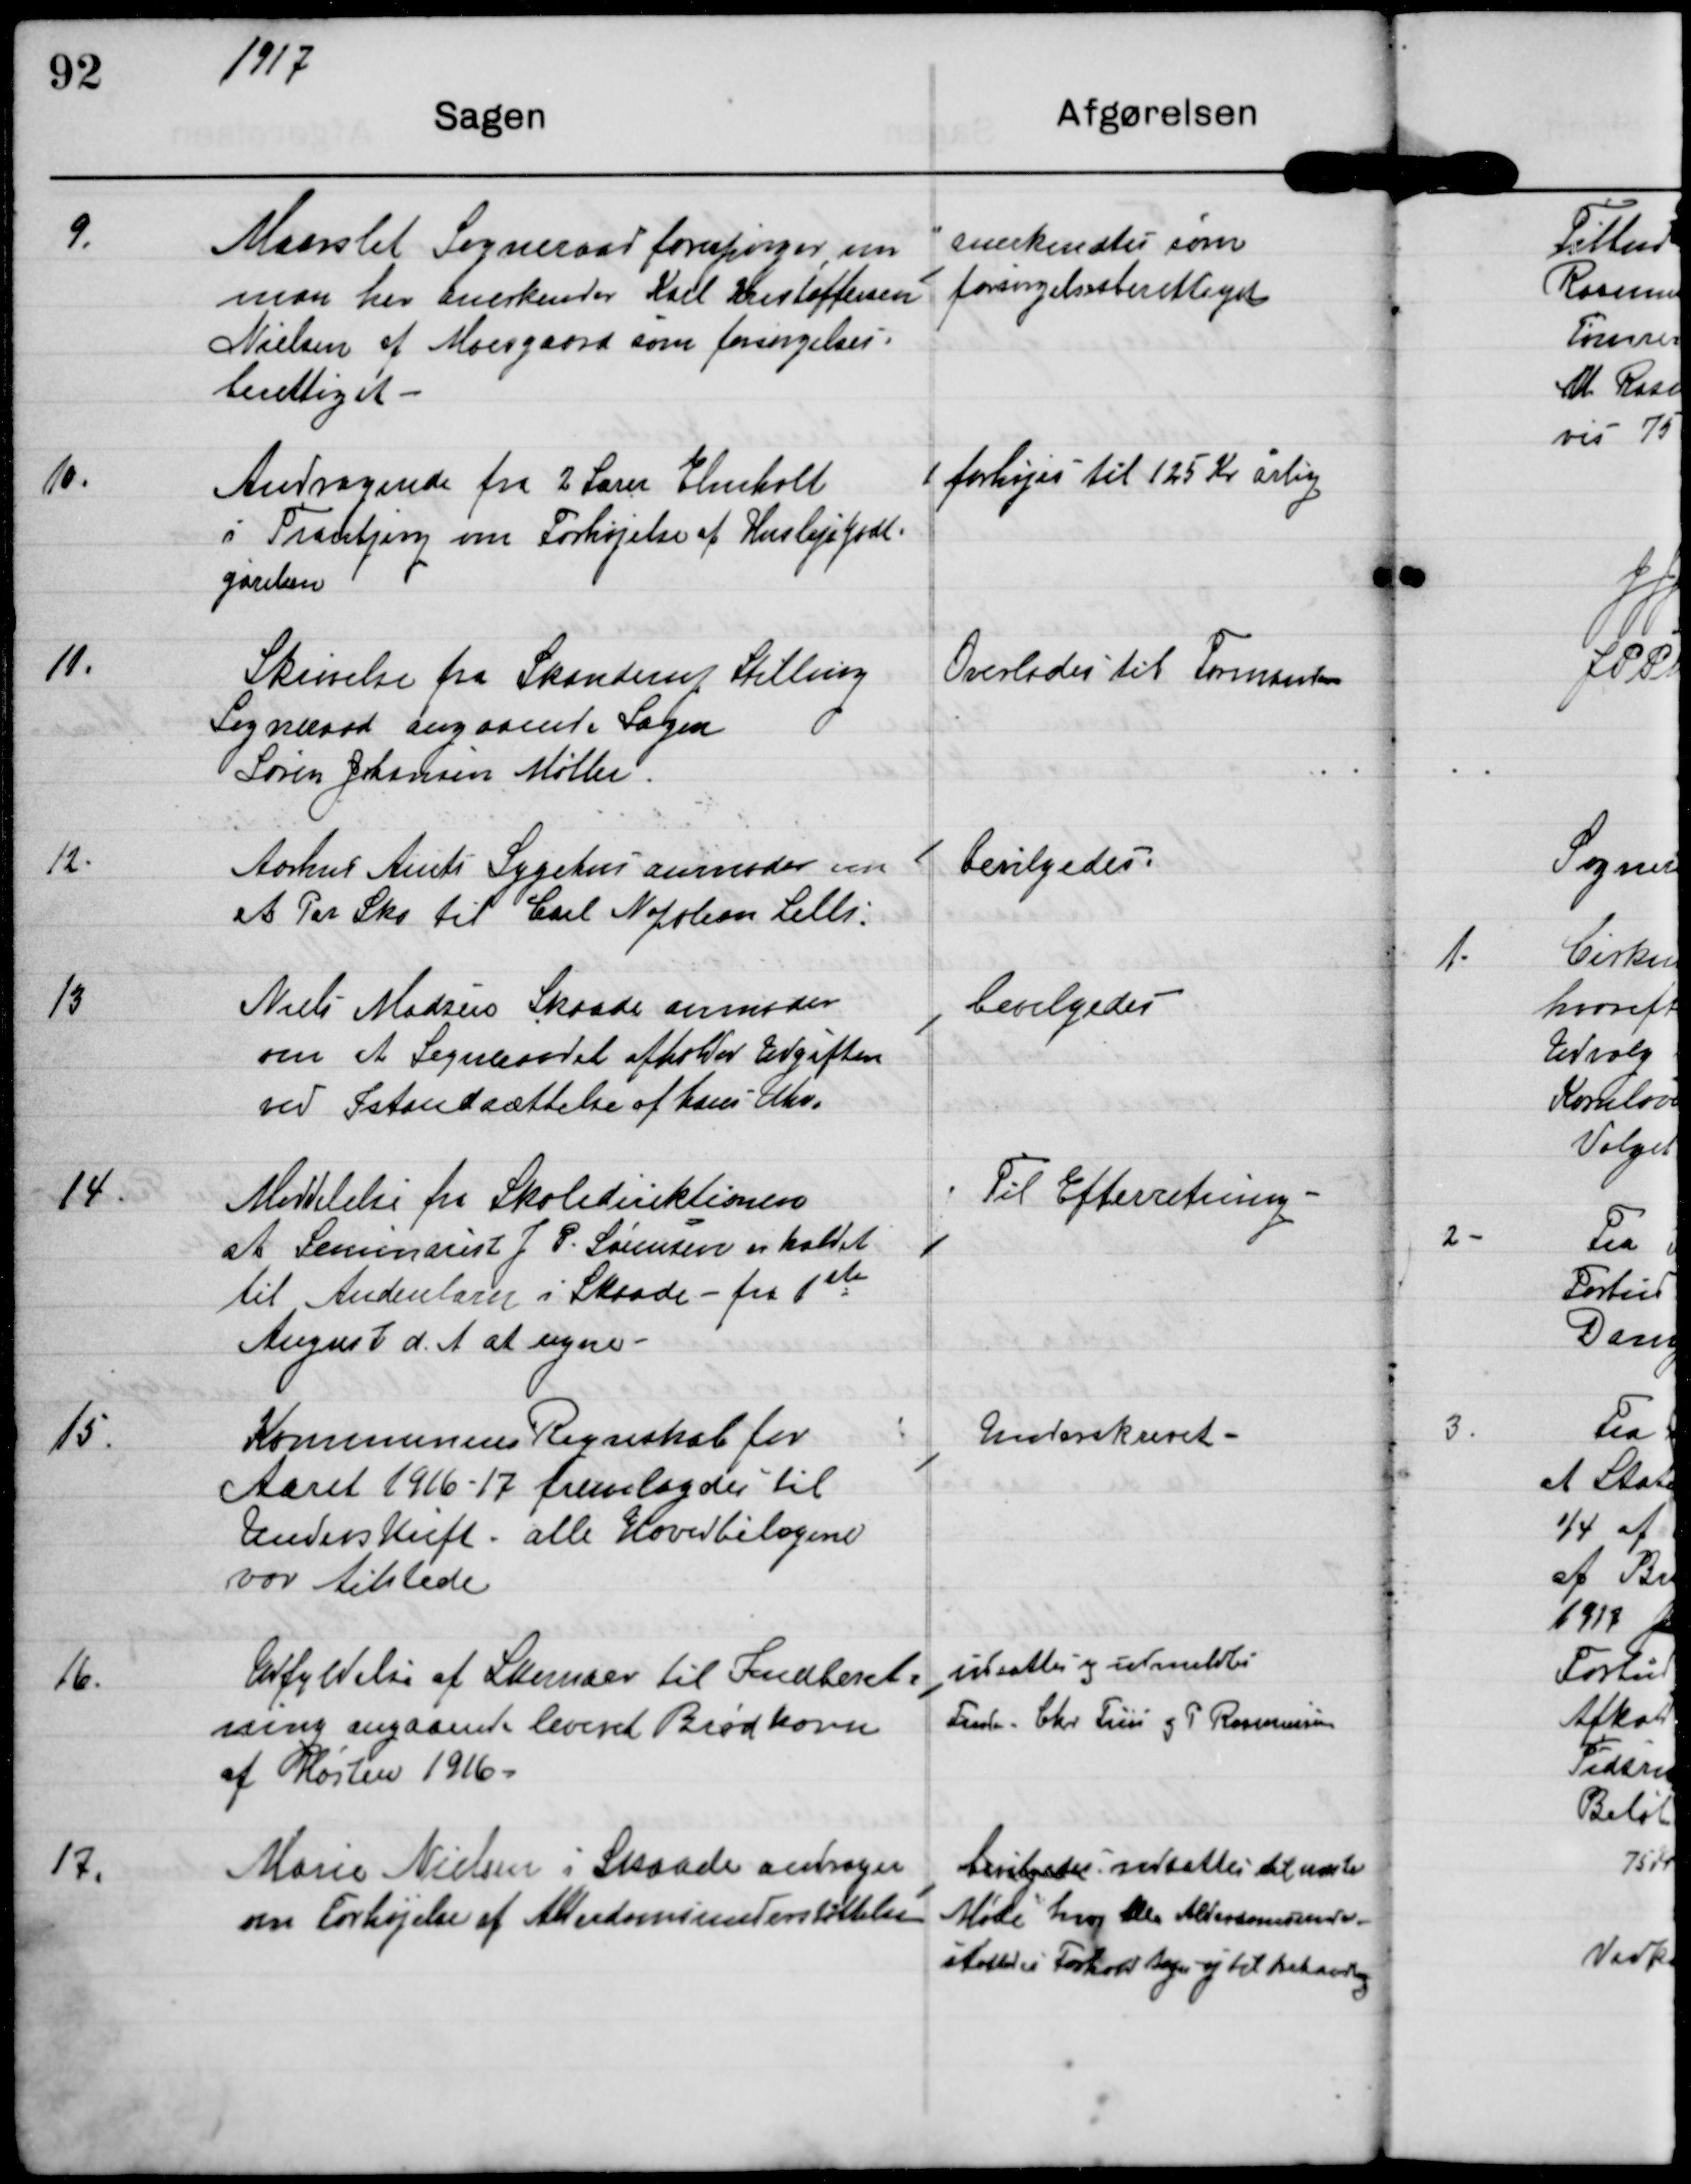
Transskription:
1917

9.
Maarslet Sogneraad forespørger om
man her anerkender Karl Kristoffersen
Nielsen af Moesgaard som forsørgelses-
berettiget.

Anerkendtes som
forsørgelsesberettiget

10.
Andragende fra 2. Lærer Elmholt
i Tranbjerg om Forhøjelse af Huslejegodt-
gørelsen

forhøjes til 125 Kr årlig

11.
Skrivelse fra Skanderup Stilling
Sogneraad angaaende Sagen
Søren Johannes Møller

Overlades til Formanden

12.
Aarhus Amts Sygehus anmoder om
et Par Sko til Carl Napoleon Leth

bevilgedes

13
Niels Madsen Skaade anmoder
om at Sogneraadet afholder Udgiften
ved Istandsættelse af hans Uhr.

bevilgedes

14.
Meddelelse fra Skoledirektionen
at Seminarist J P Sørensen er kaldet
til Andenlærer i Skaade fra 1st
August d.A at regne.

Til Efterretning

15.
Kommunens Regnskab for
Aaret 1916-17 fremlagdes til
Underskrift. alle Hovedbilagne
var tilstede

Underskrevet

161.
udfyldelse af Skemaer til Indberet-
ning angaaende leveret brødkorn
af Høsten 1916.

indsattes og udmeldtes
Formd Chr Friis og P Rasmussen

17.
Marie Nielsen i Skaade andrager
om Forhøjelse af Alderdomsunderstøttelsen.

bevilgedes udsattes til næste
Møde hvor alle Alderdomsunder-
støttelses Forhold tages på til behandling